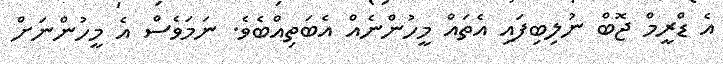
އެ ޑްރީމް ޖޮބް ނުލިބިފައި އެތައް މީހުންނެއް އެބަތިއްބެވެ. ނަމަވެސް އެ މީހުންނަށް